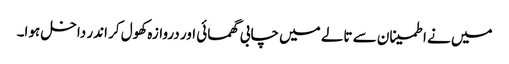
میں نے اطمینان سے تالے میں چابی گھمائی اور دروازہ کھول کر اندر داخل ہوا۔